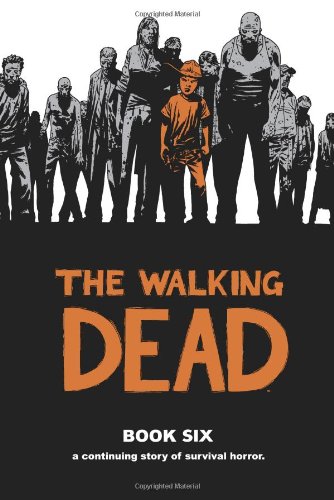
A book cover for The Walking Dead, Book 6; Comics & Graphic Novels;